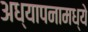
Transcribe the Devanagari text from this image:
अध्यापनामध्ये